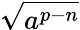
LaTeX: \sqrt{a^{p-n}}